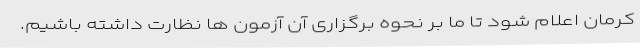
کرمان اعلام شود تا ما بر نحوه برگزاری آن آزمون ها نظارت داشته باشیم.